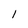
Character: l